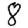
Digit: 8